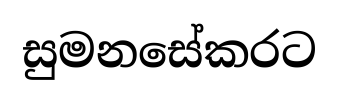
සුමනසේකරට